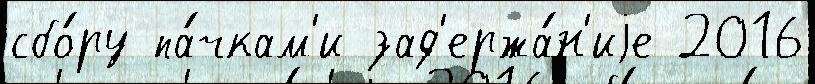
сбо́ру па́чкам'и зад'ержа́н'иjе 2016